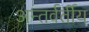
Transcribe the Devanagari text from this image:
अन्‍तर्वर्तीय